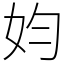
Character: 㚬